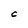
Character: C